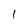
Character: 1